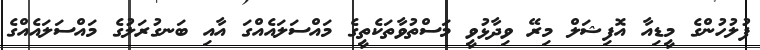
ފުލުހުންގެ މީޑިއާ އޮފިޝަލް މިރޭ ވިދާޅުވީ މަސްތުވާތަކެތީގެ މައްސަލައެއްގަ އާއި ބަނގުރަލުގެ މައްސަލައެއްގެ